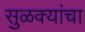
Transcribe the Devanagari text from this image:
सुळक्यांचा